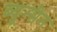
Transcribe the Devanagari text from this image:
ब्यून्सेन